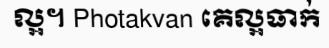
ល្អ។ Photakvan គេល្អធាក់